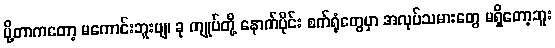
ပို့တာကတော့ မကောင်းဘူးဗျ၊ ခု ကျုပ်တို့ နောက်ပိုင်း စက်ရုံတွေမှာ အလုပ်သမားတွေ မရှိတော့ဘူး